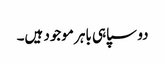
دو سپاہی باہر موجود ہیں۔